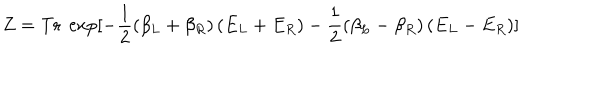
Z = \mathrm { T r } \ \exp [ - \frac 1 2 ( \beta _ { L } + \beta _ { R } ) \left( E _ { L } + E _ { R } \right) - \frac 1 2 ( \beta _ { L } - \beta _ { R } ) \left( E _ { L } - E _ { R } \right) ]